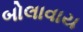
બોલાવાય